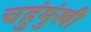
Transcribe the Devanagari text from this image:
चहुंमुंखी